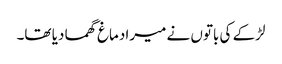
لڑکے کی باتوں نے میرا دماغ گھما دیا تھا۔